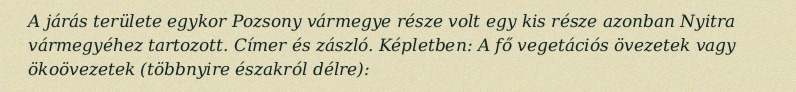
A járás területe egykor Pozsony vármegye része volt egy kis része azonban Nyitra vármegyéhez tartozott. Címer és zászló. Képletben: A fő vegetációs övezetek vagy ökoövezetek (többnyire északról délre):